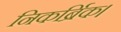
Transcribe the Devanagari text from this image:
निकर्ब्रिक।